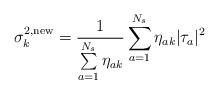
LaTeX: \begin{align*}\sigma_k^{2,\mathrm{new}}=\frac{1}{\sum\limits_{a=1}^{N_s}\eta_{ak}}\sum\limits_{a=1}^{N_s}\eta_{ak}|\tau_a|^2\end{align*}